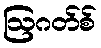
ဩဂတ်စ်